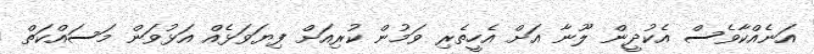
އަނެއްކާވެސް އެކުދީން ލޫނާ އަށް އެހީތެރި ވަމުން ކުރިއަށް ފިޔަވަޅެއް އަޅުވަން މަސައްކަތް